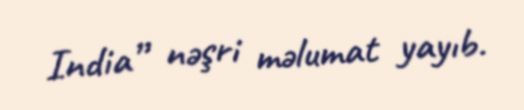
India” nəşri məlumat yayıb.